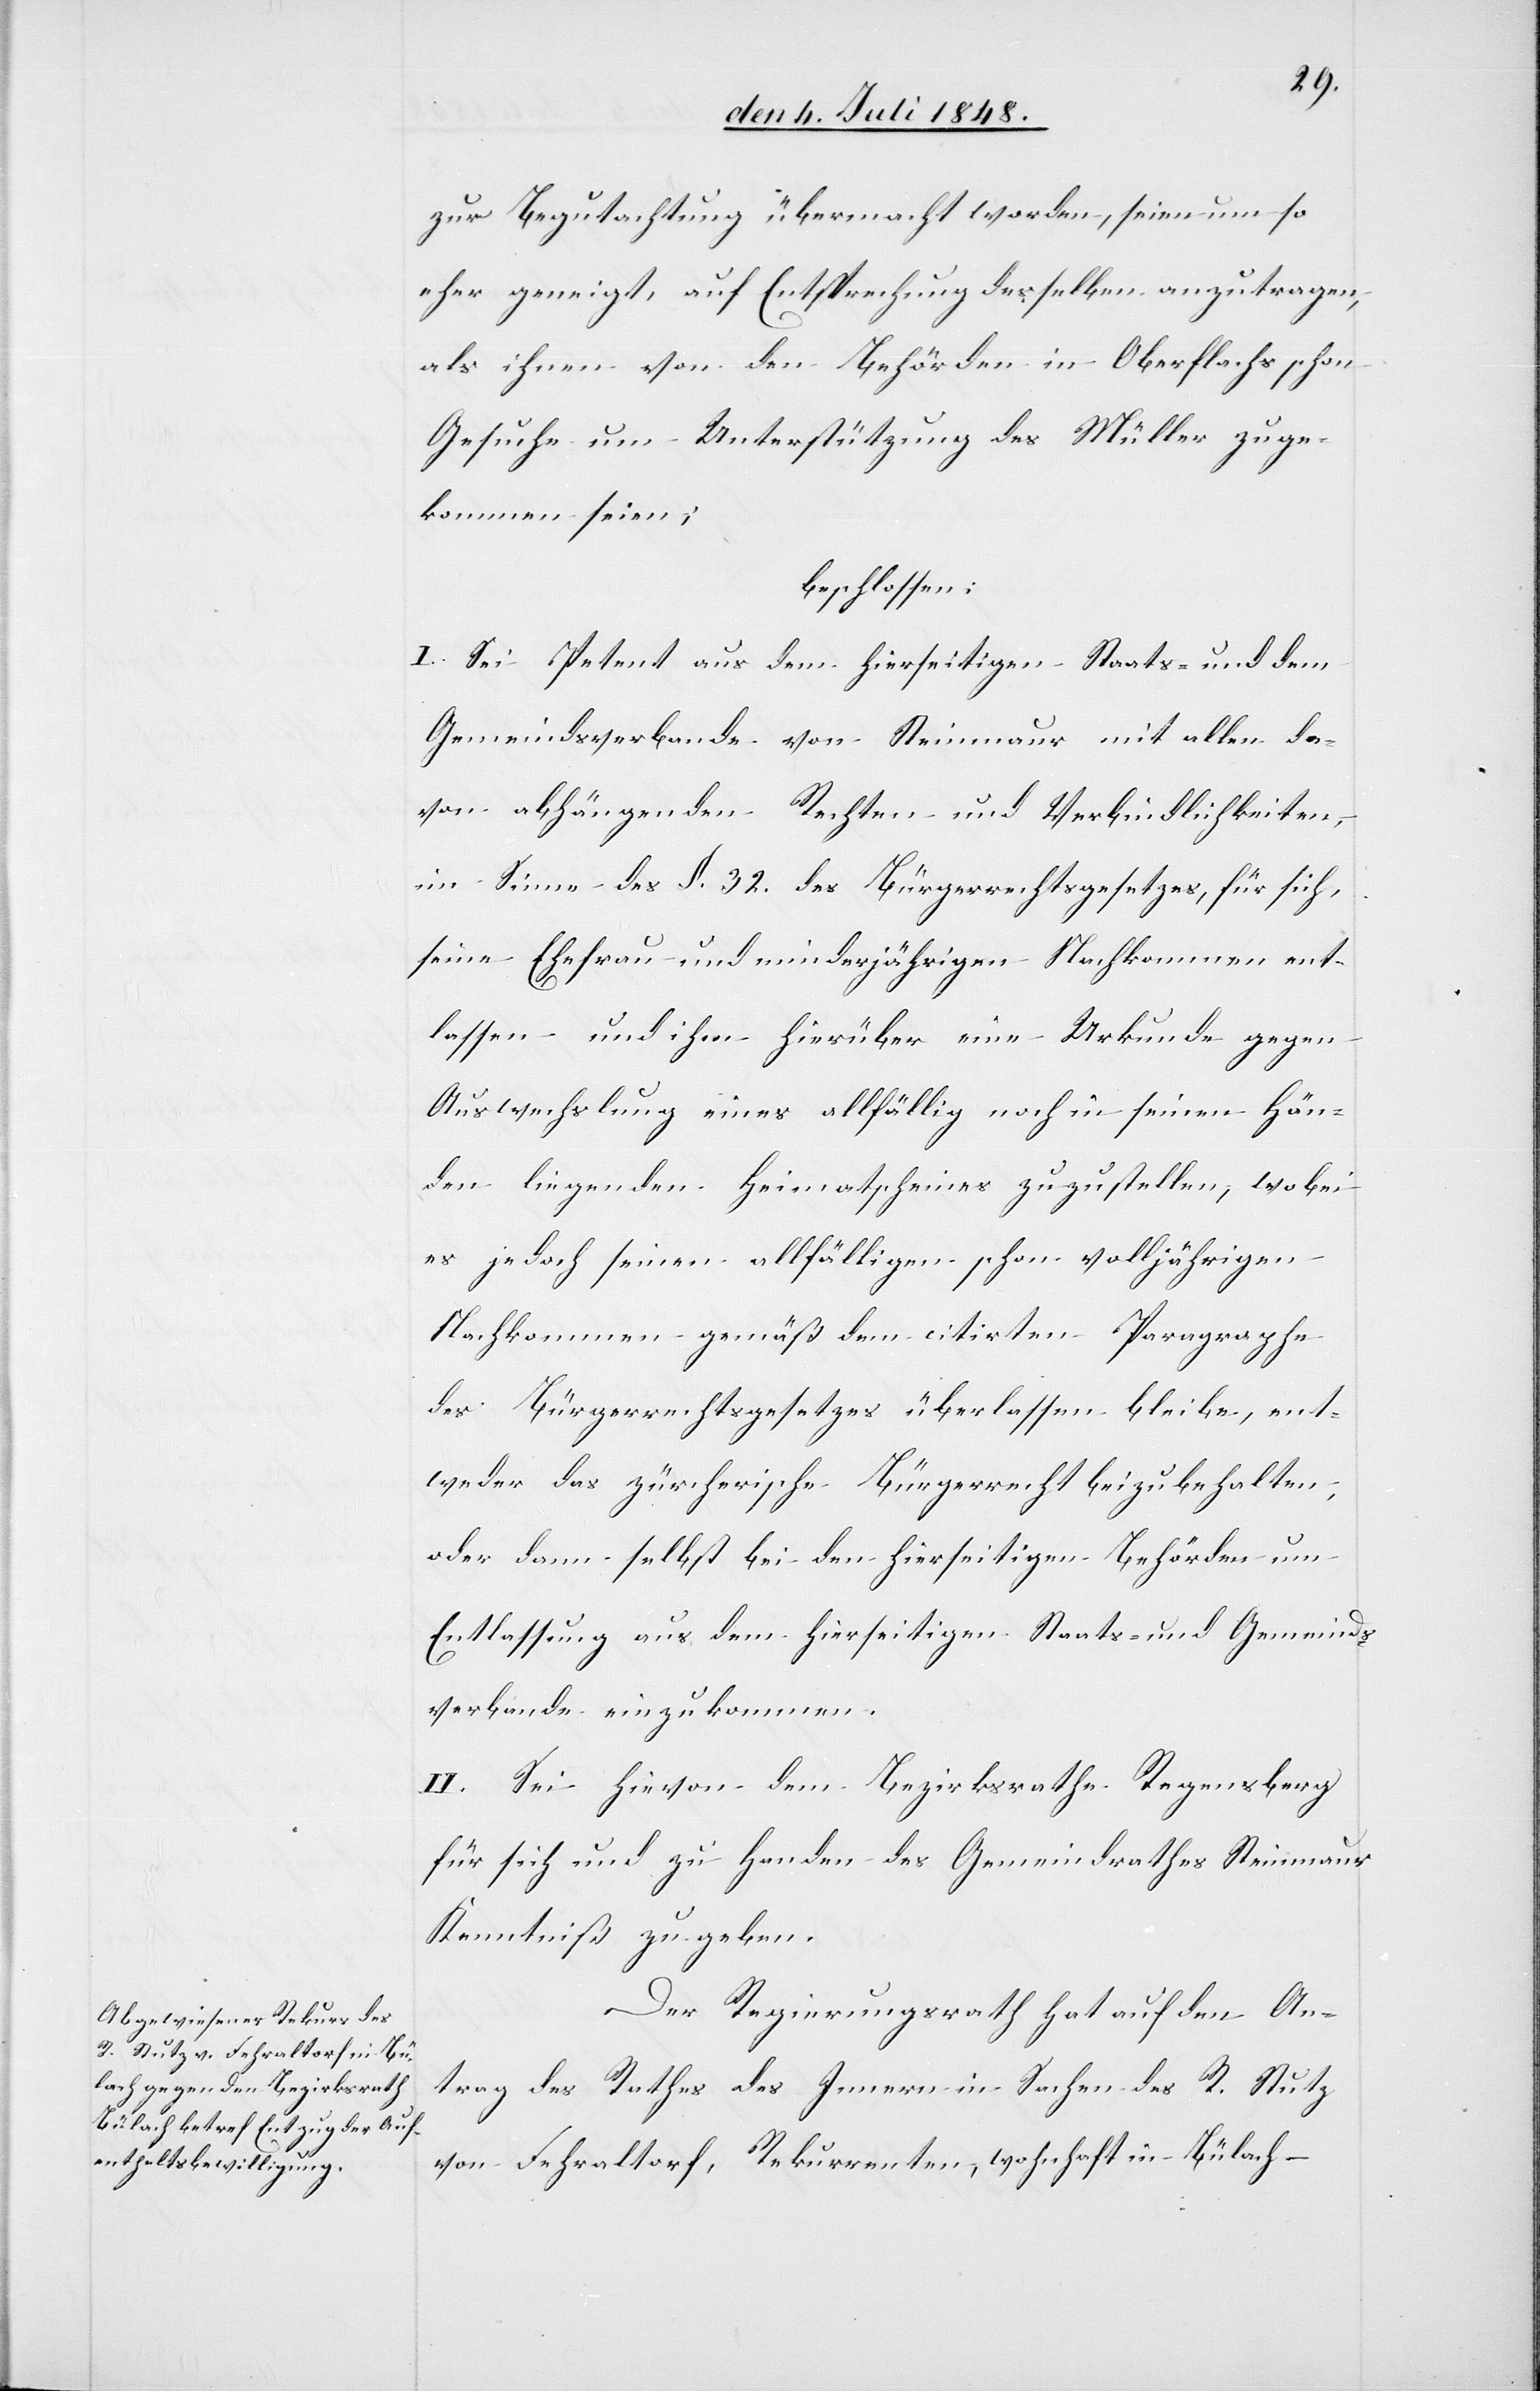
zur Begutachtung übermacht worden, seien um so
eher geneigt, auf Entsprechung desselben anzutragen,
als ihnen von den Behörden in Oberflachs schon
Gesuche um Unterstützung des Müller zuge¬
kommen seien;
beschlossen:
I. Sei Petent aus dem hierseitigen Staats- und dem
Gemeindsverbande von Steinmaur mit allen da¬
von abhängenden Rechten und Verbindlichkeiten,
im Sinne des §. 32. des Bürgerrechtsgesetztes, für sich,
seine Ehefrau und minderjährigen Nachkommen ent¬
lassen und ihm hierüber eine Urkunde gegen
Auswechslung eines allfällig noch in seinen Hän¬
den liegenden Heimatscheines zuzustellen, wobei
es jedoch seinen allfälligen schon volljährigen
Nachkommen gemäß dem citirten Paragraphe
des Bürgerrechtsgesetzes überlassen bleibe, ent¬
weder das zürcherische Bürgerrecht beizubehalten,
oder dann selbst bei den hierseitigen Behörden um
Entlassung aus dem hierseitigen Staats- und Gemeinds¬
verbande einzukommen.
II. Sei hievon dem Bezirksrathe Regensberg
für sich und zu Handen des Gemeindrathes Steinmaur
Kenntniß zu geben.
Der Regierungsrath hat auf den An¬
trag des Rathes des Innern in Sachen des R. Stutz
von Fehraltorf, Rekurrenten, wohnhaft in Bülach